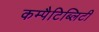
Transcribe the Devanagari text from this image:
कम्पैटिब्लिटी